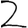
Digit: 2